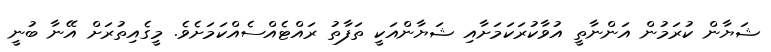
ޝަޔާން ކުރަމުން އަންނާތީ އުވާކުރަކަމަށާއި ޝަޔާންއަކީ ތަފާތު ރައްޓެއްސެއްކަމަށެވެ. މީގެއިތުރަށް އޭނާ ބުނީ